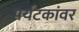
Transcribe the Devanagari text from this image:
पर्यटकांवर